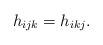
LaTeX: \begin{align*}h_{ijk}=h_{ikj}.\end{align*}